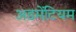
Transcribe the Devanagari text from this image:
अडमेंटियम